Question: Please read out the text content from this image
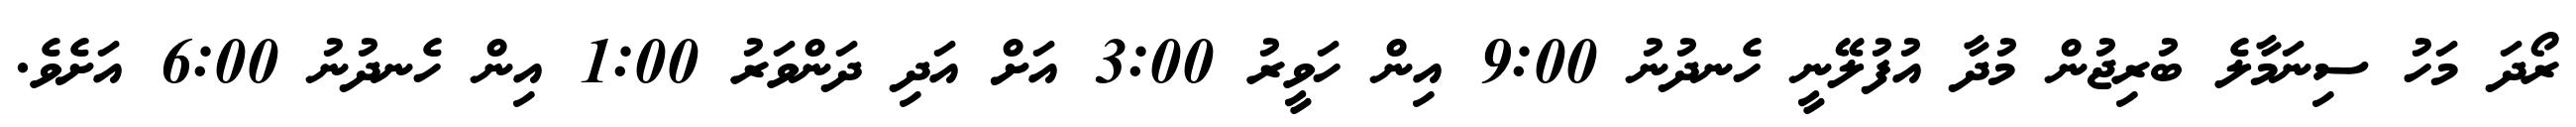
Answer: ރޯދަ މަހު ސިނަމާލެ ބުރިޖުން މުދާ އުފުލޭނީ ހެނދުނު 9:00 އިން ހަވީރު 3:00 އަށް އަދި ދަންވަރު 1:00 އިން ހެނދުނު 6:00 އަށެވެ.